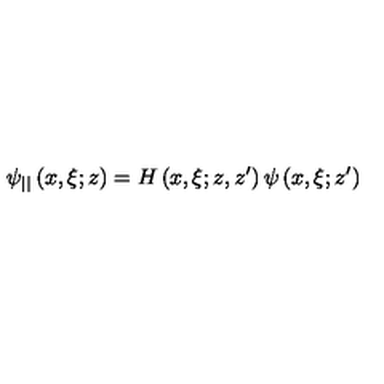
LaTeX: \psi _ { | | } \left( x , \xi ; z \right) = H \left( x , \xi ; z , z ^ { \prime } \right) \psi \left( x , \xi ; z ^ { \prime } \right)